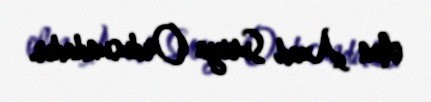
olan Azad Suriya Ordusundadır.